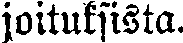
joituksista.